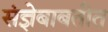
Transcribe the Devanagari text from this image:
संज्ञेबाबतीत